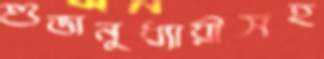
শুভানুধ্যায়ীসহ